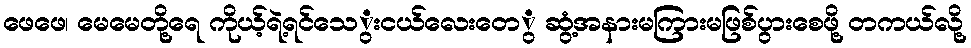
ဖေဖေ၊ မေမေတို့ရေ ကိုယ့်ရဲ့ရင်သေွးငယ်လေးတေွ ဆွံ့အနားမကြားမဖြစ်ပွားစေဖို့ တကယ်လို့